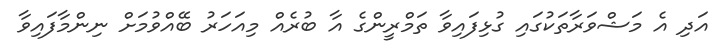
އަދި އެ މަޝްވަރާތަކުގައި ގުޅިފައިވާ ތަމްރީންގެ އާ ބުރެއް މިއަހަރު ބޭއްވުމަށް ނިންމާފައިވާ